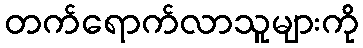
တက်ရောက်လာသူများကို